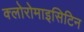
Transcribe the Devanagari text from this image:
क्लोरोमाइसिटिन